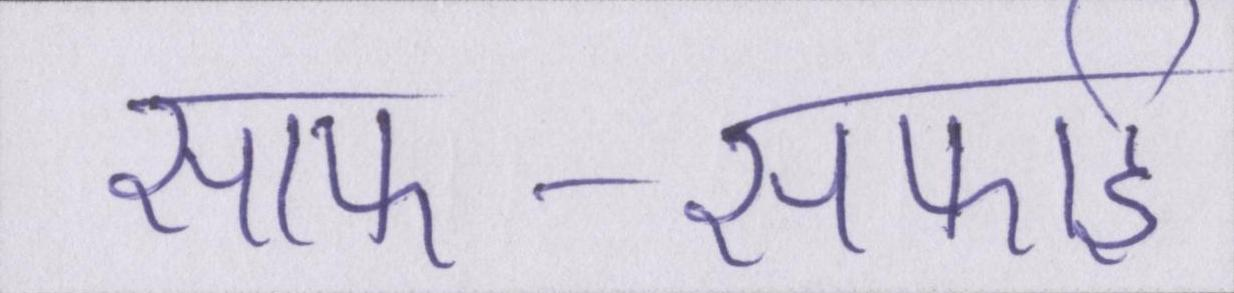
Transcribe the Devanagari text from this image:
साफ-सफाई